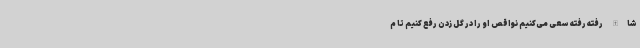
‌شاالله رفته رفته سعی می‌کنیم نواقص او را در گل زدن رفع کنیم تا م